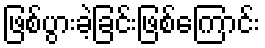
ဖြစ်ပွားခဲ့ခြင်းဖြစ်ကြောင်း